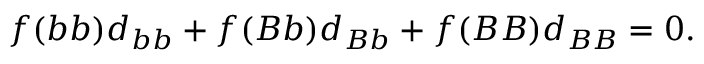
f ( b b ) d _ { b b } + f ( B b ) d _ { B b } + f ( B B ) d _ { B B } = 0 .